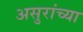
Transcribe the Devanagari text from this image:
असुरांच्या